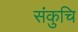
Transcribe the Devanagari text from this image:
संकुचि